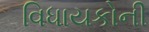
વિધાયકોની